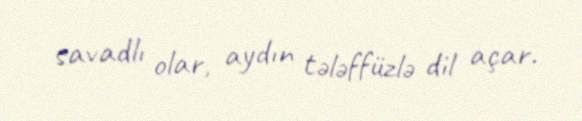
savadlı olar, aydın tələffüzlə dil açar.